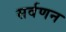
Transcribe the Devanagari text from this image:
सर्वणन